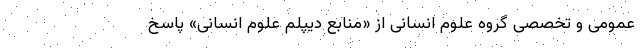
عمومی و تخصصی گروه علوم انسانی از «منابع دیپلم علوم انسانی» پاسخ